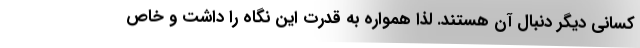
کسانی دیگر دنبال آن هستند. لذا همواره به قدرت این نگاه را داشت و خاص